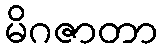
မိဂဇာတာ